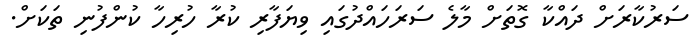
ސަރުކާރަށް ދައްކާ ގޮތަށް މާލެ ސަރަހައްދުގައި ވިޔަފާރި ކުރާ ހުރިހާ ކުންފުނި ތަކަށް.